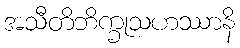
အသီတိဘိက္ခုသဟဿာနိ